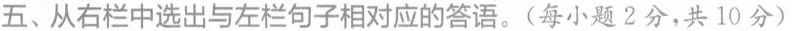
五、从右栏中选出与左栏句子相对应的答语.(每小题2分,共 10分)